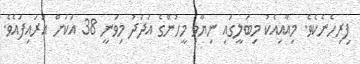
ފިރިހެނެކެވެ. މިއާއިއެކު މިބަލީގައި ނިޔާވި މީހުންގެ އަދަދު މިވަނީ 38 އަކަށް އަރައިފައެވެ.